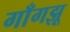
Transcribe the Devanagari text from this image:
गाँगझू